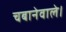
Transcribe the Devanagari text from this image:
चबानेवाले।